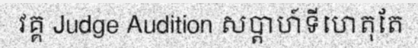
វគ្គ Judge Audition សប្តាហ៍ទីហេតុតែ